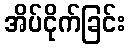
အိပ်ငိုက်ခြင်း